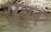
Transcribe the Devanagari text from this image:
सवूर